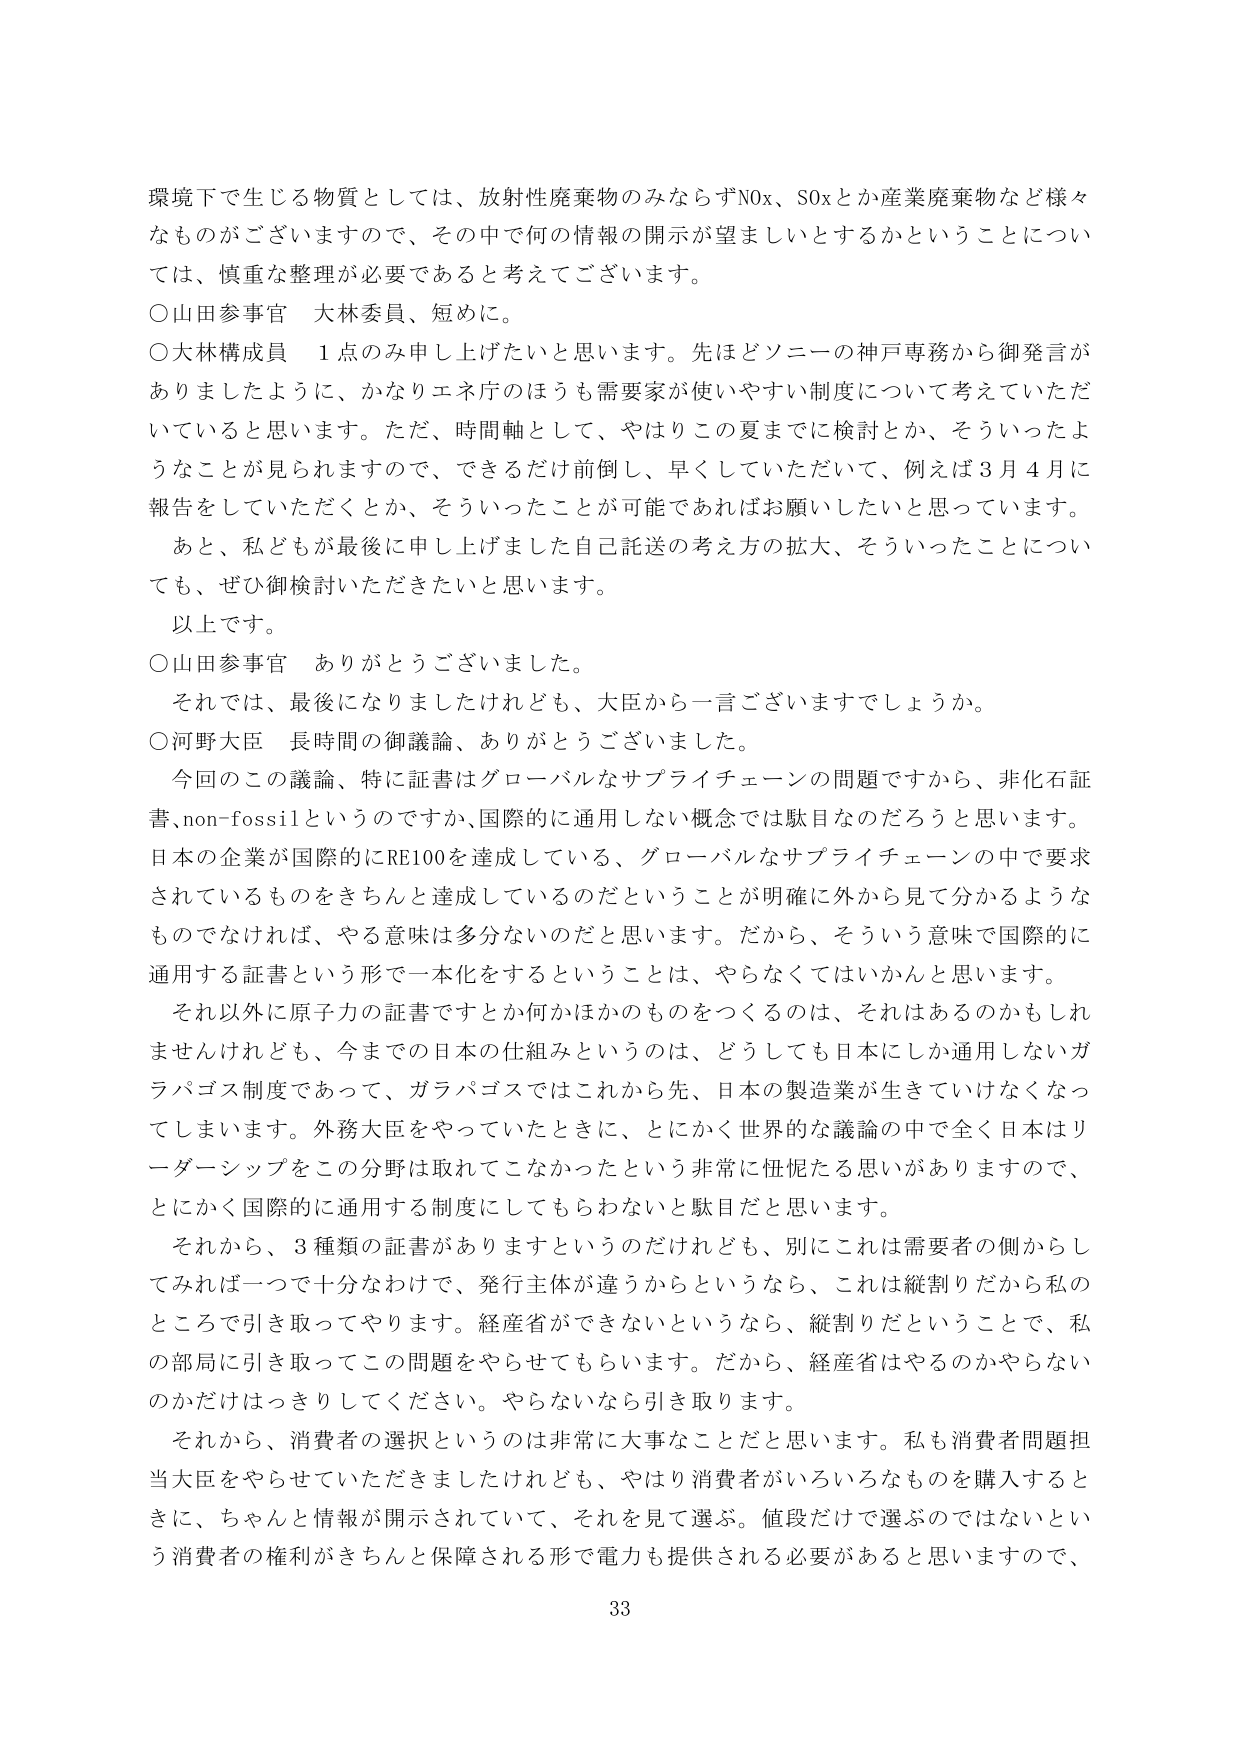
環境下で生じる物質としては、放射性廃棄物のみならずNOx、SOxとか産業廃棄物など様々なものがございますので、その中で何の情報の開示が望ましいとするかということについては、慎重な整理が必要であると考えてございます。

○山田参事官　大林委員、短めに。

○大林構成員　1点のみ申し上げたいと思います。先ほどソニーの神戸専務から御発言がありましたように、かなりエネ庁のほうも需要家が使いやすい制度について考えていただいていると思います。ただ、時間軸として、やはりこの夏までに検討とか、そういったようなことが見られますので、できるだけ前倒し、早くしていただいて、例えば3月4日に報告をしていただくとか、そういったことが可能であればお願いしたいと思っています。

　あと、私どもが最後に申し上げました自己託送の考え方の拡大、そういったことについても、ぜひ御検討いただきたいと思います。

　以上です。

○山田参事官　ありがとうございました。

　それでは、最後になりましたけれども、大臣から一言ございますでしょうか。

○河野大臣　長時間の御議論、ありがとうございました。

　今回のこの議論、特に証書はグローバルなサプライチェーンの問題ですから、非化石証書、non-fossilというのですか、国際的に通用しない概念では駄目なのだろうと思います。日本の企業が国際的にRE100を達成している、グローバルなサプライチェーンの中で要求されているものをきちんと達成しているのだということが明確に外から見て分かるようなものでなければ、やる意味は多分ないのだと思います。だから、そういう意味で国際的に通用する証書という形で一本化をするということは、やらなくてはいかんと思います。

　それ以外に原子力の証書ですとか何かほかのものをつくるのは、それはあるのかもしれませんが、今までの日本の仕組みというのは、どうしても日本にしか通用しないガラパゴス制度であって、ガラパゴスではこれから先、日本の製造業が生きていけなくなってしまいます。外務大臣をやっていたときに、とにかく世界的な議論の中で全く日本はリーダーシップをこの分野は取れてこなかったという非常に忸怩たる思いがありますので、とにかく国際的に通用する制度にしてもらわないと駄目だと思います。

　それから、3種類の証書がありますというのだけれども、別にこれは需要者の側からしてみれば一つで十分なわけで、発行主体が違うからというなら、これは縦割りだから私のところで引き取ってやります。経産省ができないというなら、縦割りだということで、私の部局に引き取ってこの問題をやらせてもらいます。だから、経産省はやるのかやらないのかだけはっきりしてください。やらないなら引き取ります。

　それから、消費者の選択というのは非常に大事なことだと思います。私も消費者問題担当大臣をやらせていただきましたけれども、やはり消費者がいろいろなものを購入するときに、ちゃんと情報が開示されていて、それを見て選ぶ。値段だけで選ぶのではないという消費者の権利がきちんと保障される形で電力も提供される必要があると思いますので、

33